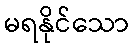
မရနိုင်သော